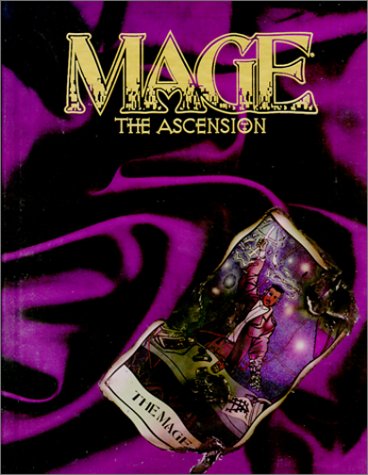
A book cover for Mage: The Ascension; Dierd're Brooks; Science Fiction & Fantasy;